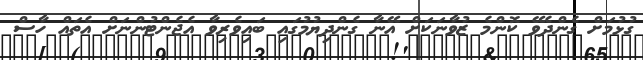
ގުޅުމަށް ގެންދެވޭ ކޮންމެ ޒުވާނަކަށް އޭނާ ގެންދިޔުމުގައި ބައިވެރިވާ އެޖެންޓުންނަށް އެތައް ހާސް